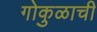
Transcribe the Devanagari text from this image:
गोकुळाची